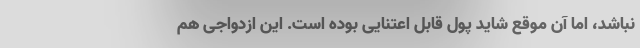
نباشد، اما آن موقع شاید پول قابل اعتنایی بوده است. این ازدواجی هم